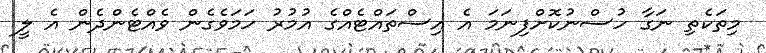
މިތަކެތި ނަގާ ހުސްނުކޮށްފިނަމަ އެ އިސްތައްޓެއްގެ އުމުރު ހަމަވެގެން ވެއްޓެންދެން އެ ލީ